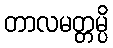
တာလမတ္တမ္ပိ